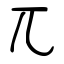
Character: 兀